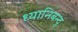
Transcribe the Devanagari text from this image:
ध्यानिबन्दु